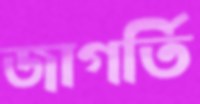
জাগর্তি